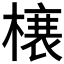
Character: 𭫲